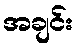
အချင်း